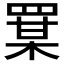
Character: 𦋡